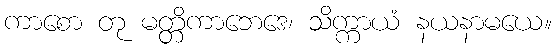
ကာစော တု မတ္တိကာဘေဒေ၊ သိက္ကာယံ နယနာမယေ။